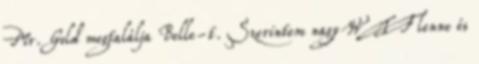
Mr. Gold megtalálja Belle-t. Szerintem nagy WTF lenne és